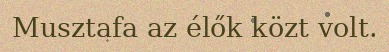
Musztafa az élők közt volt.